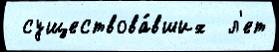
 существова́вших  л'ет